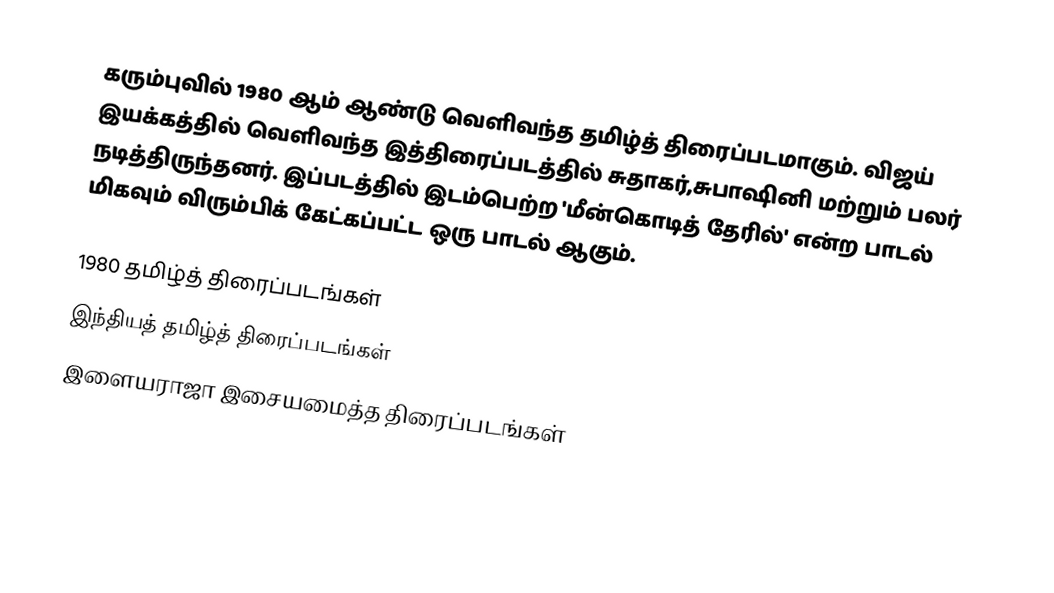
கரும்புவில் 1980 ஆம் ஆண்டு வெளிவந்த தமிழ்த் திரைப்படமாகும். விஜய் இயக்கத்தில் வெளிவந்த இத்திரைப்படத்தில் சுதாகர்,சுபாஷினி மற்றும் பலர் நடித்திருந்தனர். இப்படத்தில் இடம்பெற்ற 'மீன்கொடித் தேரில்' என்ற பாடல் மிகவும் விரும்பிக் கேட்கப்பட்ட ஒரு பாடல் ஆகும்.

1980 தமிழ்த் திரைப்படங்கள்
இந்தியத் தமிழ்த் திரைப்படங்கள்
இளையராஜா இசையமைத்த திரைப்படங்கள்